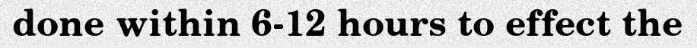
done within 6-12 hours to effect the